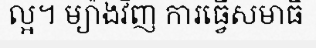
ល្អ។ ម្យ៉ាងវិញ ការធ្វើសមាធិ